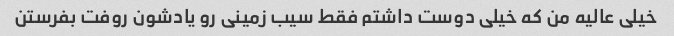
خیلی عالیه من که خیلی دوست داشتم فقط سیب زمینی رو یادشون روفت بفرستن